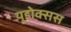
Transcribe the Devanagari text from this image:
यूडोक्सस